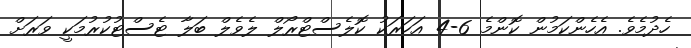
ހެދުމެވެ. އެހެންކަމުން ކޮންމެ 6-4 އަހަރަކު ކޮލެސްޓްރޯލް ލެވެލް ބަލާ ޓެސްޓުކުރުމަކީ ވަރަށް